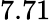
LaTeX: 7.71